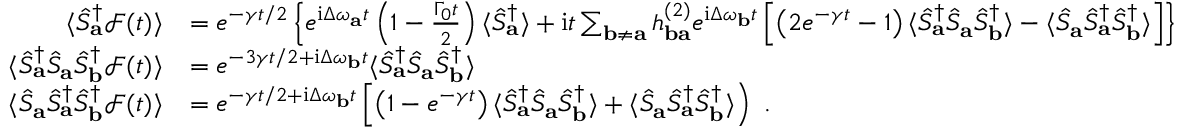
\begin{array} { r l } { \langle \hat { S } _ { \mathbf { a } } ^ { \dagger } \mathcal { F } ( t ) \rangle } & { = e ^ { - \gamma t / 2 } \left\{ e ^ { \mathrm { i } \Delta \omega _ { \mathbf { a } } t } \left( 1 - \frac { \Gamma _ { 0 } t } { 2 } \right) \langle \hat { S } _ { \mathbf { a } } ^ { \dagger } \rangle + \mathrm { i } t \sum _ { \mathbf { b } \neq \mathbf { a } } h _ { \mathbf { b a } } ^ { ( 2 ) } e ^ { \mathrm { i } \Delta \omega _ { \mathbf { b } } t } \left[ \left( 2 e ^ { - \gamma t } - 1 \right) \langle \hat { S } _ { \mathbf { a } } ^ { \dagger } \hat { S } _ { \mathbf { a } } \hat { S } _ { \mathbf { b } } ^ { \dagger } \rangle - \langle \hat { S } _ { \mathbf { a } } \hat { S } _ { \mathbf { a } } ^ { \dagger } \hat { S } _ { \mathbf { b } } ^ { \dagger } \rangle \right] \right\} } \\ { \langle \hat { S } _ { \mathbf { a } } ^ { \dagger } \hat { S } _ { \mathbf { a } } \hat { S } _ { \mathbf { b } } ^ { \dagger } \mathcal { F } ( t ) \rangle } & { = e ^ { - 3 \gamma t / 2 + \mathrm { i } \Delta \omega _ { \mathbf { b } } t } \langle \hat { S } _ { \mathbf { a } } ^ { \dagger } \hat { S } _ { \mathbf { a } } \hat { S } _ { \mathbf { b } } ^ { \dagger } \rangle } \\ { \langle \hat { S } _ { \mathbf { a } } \hat { S } _ { \mathbf { a } } ^ { \dagger } \hat { S } _ { \mathbf { b } } ^ { \dagger } \mathcal { F } ( t ) \rangle } & { = e ^ { - \gamma t / 2 + \mathrm { i } \Delta \omega _ { \mathbf { b } } t } \left[ \left( 1 - e ^ { - \gamma t } \right) \langle \hat { S } _ { \mathbf { a } } ^ { \dagger } \hat { S } _ { \mathbf { a } } \hat { S } _ { \mathbf { b } } ^ { \dagger } \rangle + \langle \hat { S } _ { \mathbf { a } } \hat { S } _ { \mathbf { a } } ^ { \dagger } \hat { S } _ { \mathbf { b } } ^ { \dagger } \rangle \right) ~ . } \end{array}